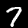
Digit: 7